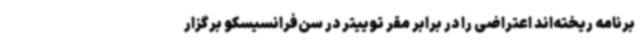
برنامه ریخته‌اند اعتراضی را در برابر مقر توییتر در سن‌فرانسیسکو برگزار